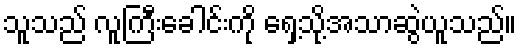
သူသည် လူကြီးခေါင်းကို ရှေ့သို့အသာဆွဲယူသည်။